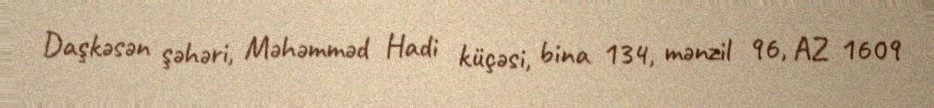
Daşkəsən şəhəri, Məhəmməd Hadi küçəsi, bina 134, mənzil 96, AZ 1609